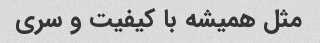
مثل همیشه با کیفیت و سرى